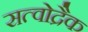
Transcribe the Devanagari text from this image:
सत्वोद्रैक